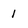
Character: 1